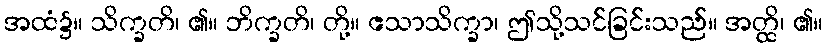
အထံ၌။ သိက္ခတိ၊ ၏။ ဘိက္ခတိ၊ တို့။ ဧသာသိက္ခာ၊ ဤသို့သင်ခြင်းသည်။ အတ္ထိ၊ ၏။